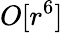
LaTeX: O[r^{6}]